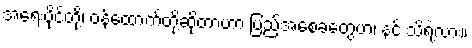
အရေးပိုင်တို့၊ ဝန်ထောက်တို့ဆိုတာဟာ ပြည့်အစေခံတွေဟ၊ နင် သိရဲ့လား။